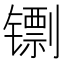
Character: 𬭺